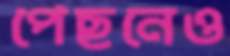
পেছনেও